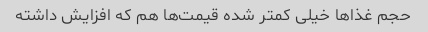
حجم‌ غذاها خیلی کمتر شده قیمت‌ها هم که افزایش داشته